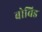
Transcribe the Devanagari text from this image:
बोविड